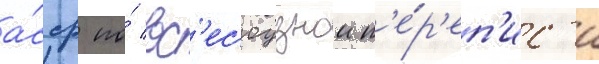
а́сср по́ вс'есоузнои п'е́р'еп'ис'и